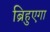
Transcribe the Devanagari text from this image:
ब्रिहुएगा